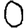
Digit: 0